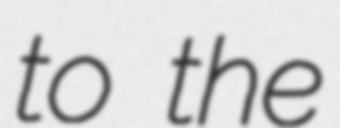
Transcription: to the